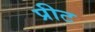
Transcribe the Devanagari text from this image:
प्रीट